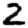
Digit: 2